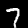
Digit: 7